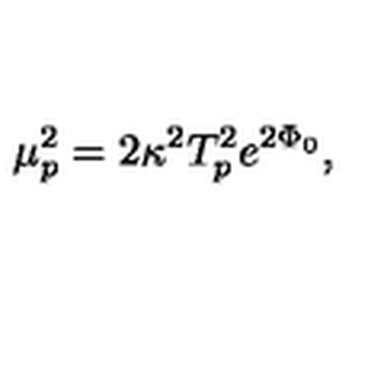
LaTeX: \mu _ { p } ^ { 2 } = 2 \kappa ^ { 2 } T _ { p } ^ { 2 } e ^ { 2 \Phi _ { 0 } } ,